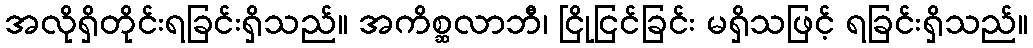
အလိုရှိတိုင်းရခြင်းရှိသည်။ အကိစ္ဆလာဘီ၊ ငြိုငြင်ခြင်း မရှိသဖြင့် ရခြင်းရှိသည်။